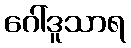
ဂေါ်ဒူသာရ